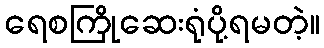
ရေစကြိုဆေးရုံပို့ရမတဲ့။